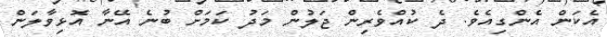
އެކަން އެންގިއެވެ. ދެ ކުއްވެރިން ޖަލުން މަދު ކަމަށް ބުނެ އޭނާ އޮޅިވާލަން